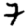
Digit: 7